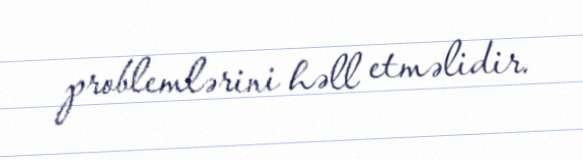
problemlərini həll etməlidir.